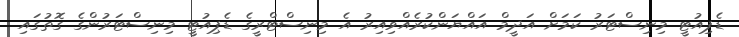
ޑެޕިއުޓީ މިނިސްޓަރު ކަމަށް އަދީމް އައްޔަންކުރެއްވިއިރު އެ މިނިސްޓްރީގެ ޑެޕިއުޓީ މިނިސްޓަރުންގެ ގޮތުގައި